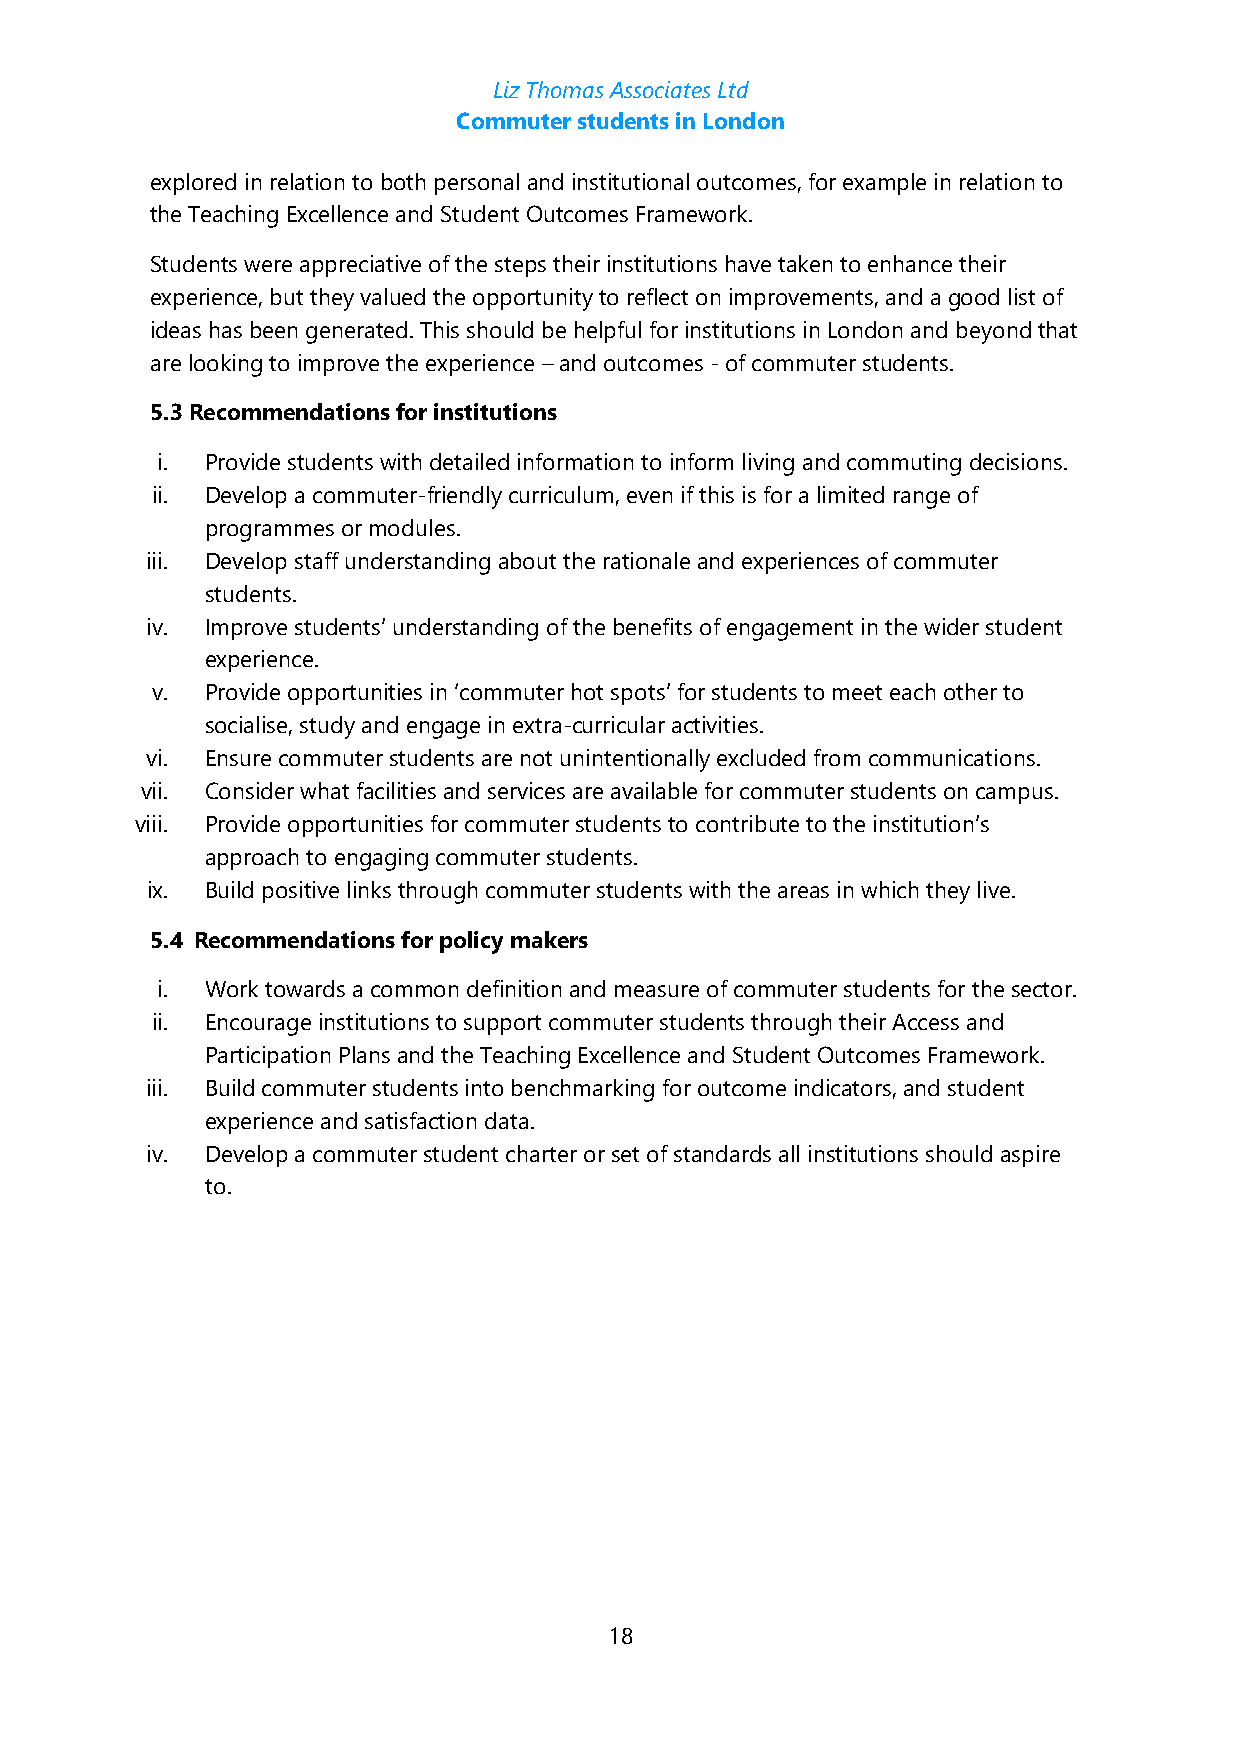
Liz Thomas Associates Ltd
 Commuter students in London
 explored in relation to both personal and institutional outcomes, for example in relation to
 the Teaching Excellence and Student Outcomes Framework.
 Students were appreciative of the steps their institutions have taken to enhance their
 experience, but they valued the opportunity to reflect on improvements, and a good list of
 ideas has been generated. This should be helpful for institutions in London and beyond that
 are looking to improve the experience – and outcomes - of commuter students.
 5.3 Recommendations for institutions
 i.  Provide students with detailed information to inform living and commuting decisions.
 ii. Develop a commuter-friendly curriculum, even if this is for a limited range of
 programmes or modules.
 iii. Develop staff understanding about the rationale and experiences of commuter
 students.
 iv. Improve students’ understanding of the benefits of engagement in the wider student
 experience.
 v.  Provide opportunities in ‘commuter hot spots’ for students to meet each other to
 socialise, study and engage in extra-curricular activities.
 vi. Ensure commuter students are not unintentionally excluded from communications.
 vii. Consider what facilities and services are available for commuter students on campus.
 viii. Provide opportunities for commuter students to contribute to the institution’s
 approach to engaging commuter students.
 ix. Build positive links through commuter students with the areas in which they live.
 5.4 Recommendations for policy makers
 i.  Work towards a common definition and measure of commuter students for the sector.
 ii. Encourage institutions to support commuter students through their Access and
 Participation Plans and the Teaching Excellence and Student Outcomes Framework.
 iii. Build commuter students into benchmarking for outcome indicators, and student
 experience and satisfaction data.
 iv. Develop a commuter student charter or set of standards all institutions should aspire
 to.
 18